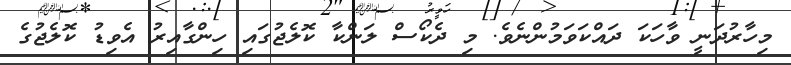
މިހާރުދަނީ ވާހަކަ ދައްކަވަމުންނެވެ. މި ދެކޯސް ލަންކާ ކޮލެޖުގައި ހިންގާއިރު އެވިޑު ކޮލެޖުގެ